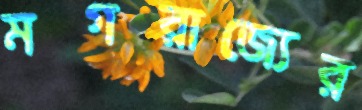
মগরাজ্যের